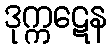
ဒုက္ကဋေန